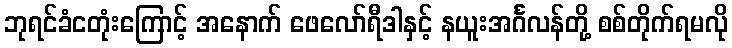
ဘုရင်ခံငတုံးကြောင့် အနောက် ဖေလော်ရီဒါနှင့် နယူးအင်္ဂလန်တို့ စစ်တိုက်ရမလို